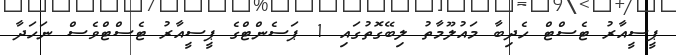
ޕީސީއާރު ޓެސްޓް ހެދިބާ މައުލޫމާތު ލިބޭގޮތުގައި 1 ޕަސެންޓްގެ ޕީސީއާރު ޓެސްޓްވެސް ނަހަދާ